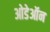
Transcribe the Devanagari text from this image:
ओडेऑन